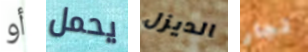
أو يحمل الديزل تجار